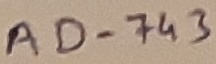
Text: AD-743